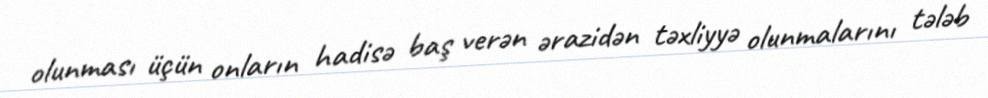
olunması üçün onların hadisə baş verən ərazidən təxliyyə olunmalarını tələb